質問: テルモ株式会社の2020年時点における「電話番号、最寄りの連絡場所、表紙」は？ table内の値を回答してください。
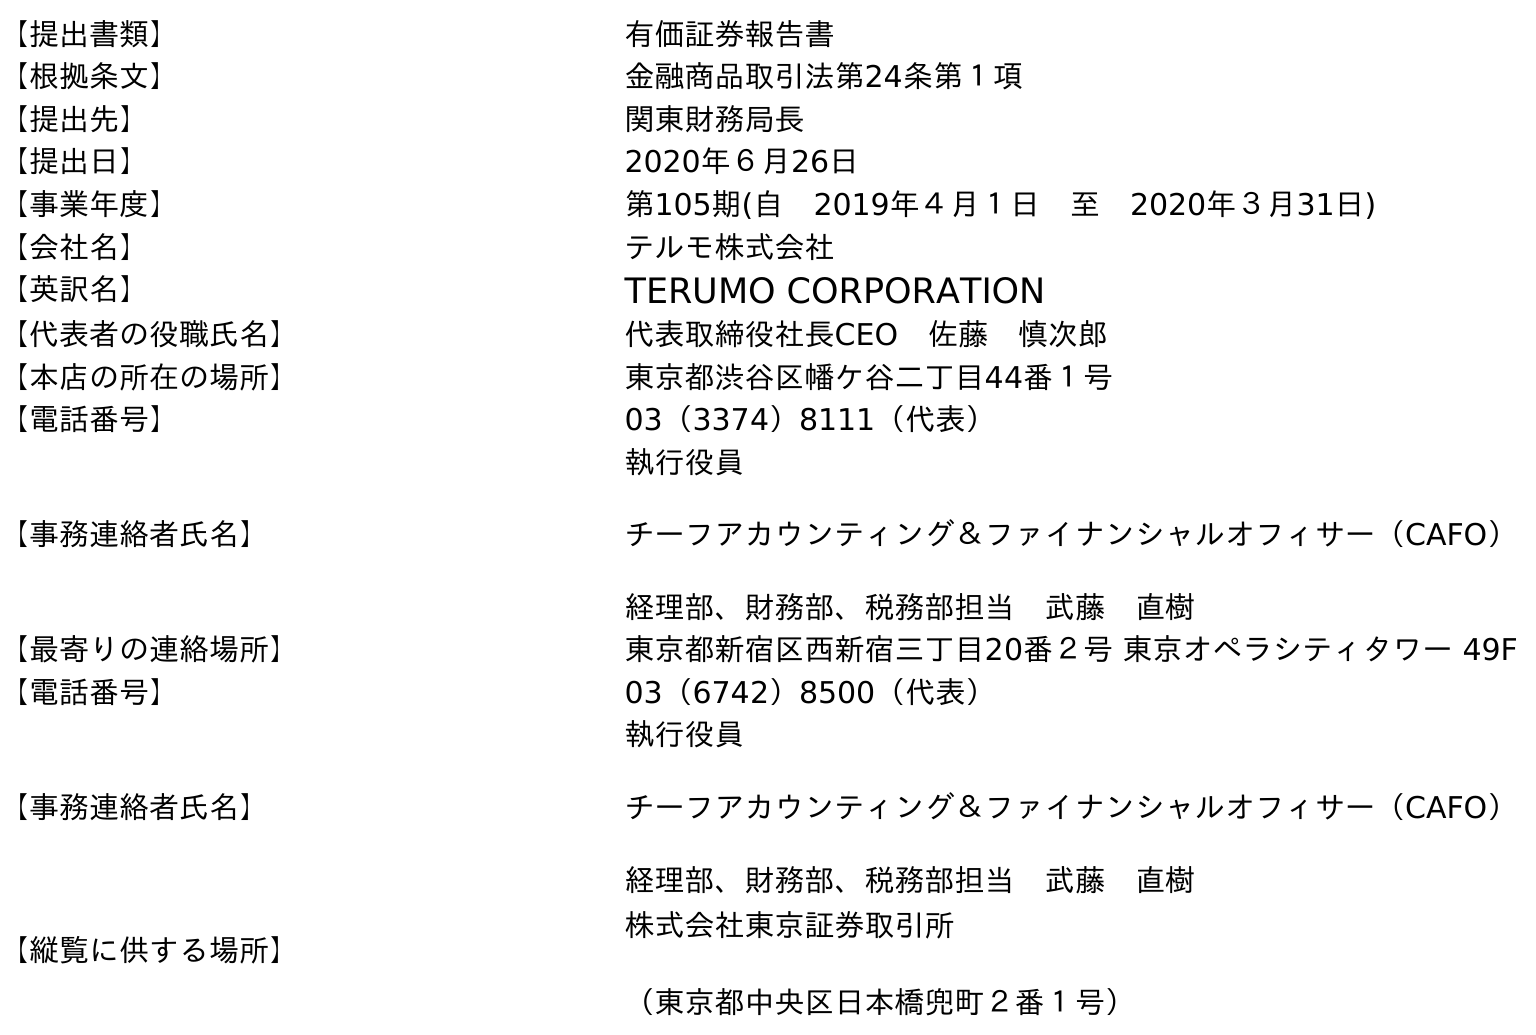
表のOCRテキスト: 【提出書類】 有価証券報告書 【根拠条文】 金融商品取引法第24条第１項 【提出先】 関東財務局長 【提出日】 2020年６月26日 【事業年度】 第105期(自 2019年４月１日 至 2020年３月31日) 【会社名】 テルモ株式会社 【英訳名】 TERUMO CORPORATION 【代表者の役職氏名】 代表取締役社長CEO 佐藤 慎次郎 【本店の所在の場所】 東京都渋谷区幡ケ谷二丁目44番１号 【電話番号】 03（3374）8111（代表） 【事務連絡者氏名】 執行役員 チーフアカウンティング＆ファイナンシャルオフィサー（CAFO） 経理部、財務部、税務部担当 武藤 直樹 【最寄りの連絡場所】 東京都新宿区西新宿三丁目20番２号 東京オペラシティタワー 49F 【電話番号】 03（6742）8500（代表） 【事務連絡者氏名】 執行役員 チーフアカウンティング＆ファイナンシャルオフィサー（CAFO） 経理部、財務部、税務部担当 武藤 直樹 【縦覧に供する場所】 株式会社東京証券取引所 （東京都中央区日本橋兜町２番１号）
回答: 03（6742）8500（代表）